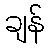
ချန်